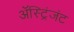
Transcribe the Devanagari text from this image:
ॲस्ट्रिंजंट